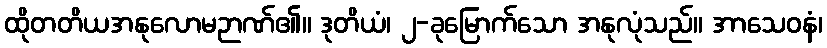
ထိုတတိယအနုလောမဉာဏ်၏။ ဒုတိယံ၊ ၂-ခုမြောက်သော အနုလုံသည်။ အာသေဝနံ၊